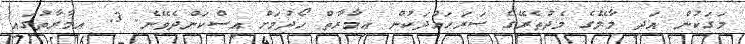
މަގަކުން އަދި މާލޭގެ މެދުތެރޭގެ ސަރަޙައްދަކުން ޢިމާރާތް ހޯދުމަށް އިސްކަންދެވޭނެ. 3. ޢިމާރާތުގައި